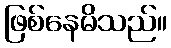
ဖြစ်နေမိသည်။